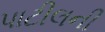
પાટીલની